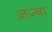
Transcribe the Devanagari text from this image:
ज़ज़्बा